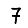
Digit: 7